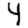
Digit: 4